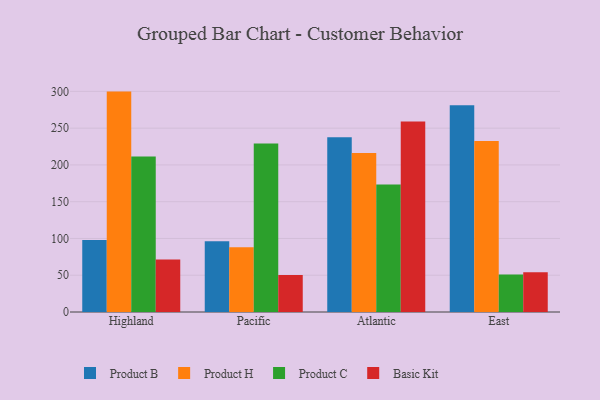
{"axis": {"x": "Region", "y": "Waste Production (Tons)"}, "legend": ["Basic Kit", "Product B", "Product C", "Product H"], "data": [{"x": "Highland", "y": 97.8, "type": "Product B"}, {"x": "Highland", "y": 299.7, "type": "Product H"}, {"x": "Highland", "y": 211.5, "type": "Product C"}, {"x": "Highland", "y": 71.5, "type": "Basic Kit"}, {"x": "Pacific", "y": 96.1, "type": "Product B"}, {"x": "Pacific", "y": 87.9, "type": "Product H"}, {"x": "Pacific", "y": 229.1, "type": "Product C"}, {"x": "Pacific", "y": 50.3, "type": "Basic Kit"}, {"x": "Atlantic", "y": 237.5, "type": "Product B"}, {"x": "Atlantic", "y": 216.2, "type": "Product H"}, {"x": "Atlantic", "y": 173.3, "type": "Product C"}, {"x": "Atlantic", "y": 259.2, "type": "Basic Kit"}, {"x": "East", "y": 281.3, "type": "Product B"}, {"x": "East", "y": 232.4, "type": "Product H"}, {"x": "East", "y": 50.9, "type": "Product C"}, {"x": "East", "y": 53.9, "type": "Basic Kit"}]}